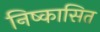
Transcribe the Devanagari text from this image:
निष्कासित